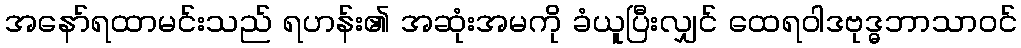
အနော်ရထာမင်းသည် ရဟန်း၏ အဆုံးအမကို ခံယူပြီးလျှင် ထေရဝါဒဗုဒ္ဓဘာသာဝင်